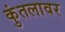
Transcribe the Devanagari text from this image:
कुंतलावर